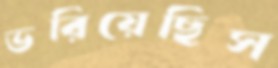
ভরিয়েছিস